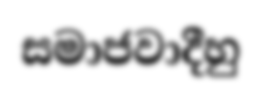
සමාජවාදීහු